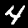
Label: 4